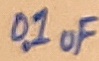
Text: 0.1uF